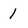
Character: 1